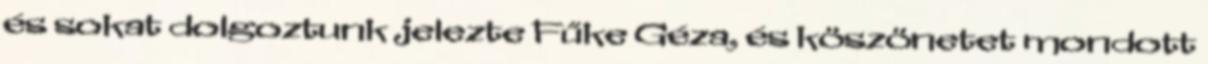
és sokat dolgoztunk jelezte Fűke Géza, és köszönetet mondott